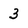
Character: 3